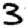
Digit: 3